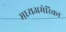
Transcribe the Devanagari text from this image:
मध्यअमेरिका